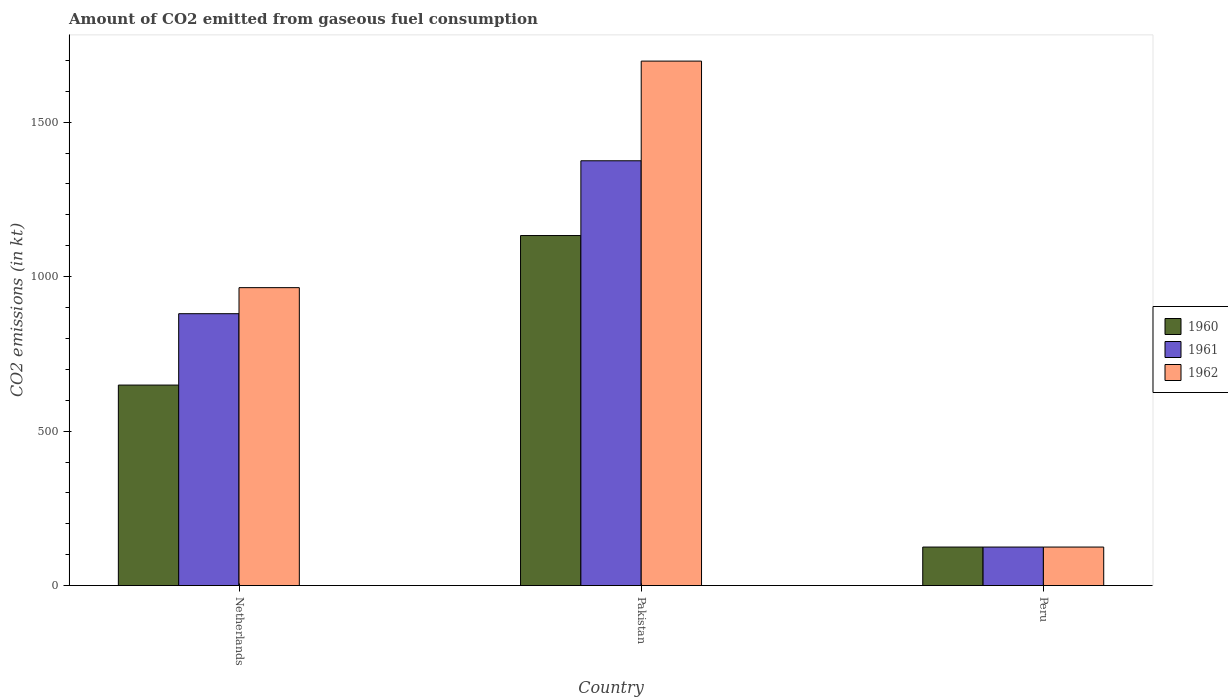
| Country | 1960 | 1961 | 1962 |
 | --- | --- | --- | --- |
 | Netherlands | 649 | 880 | 964 |
 | Pakistan | 1.13e+03 | 1.38e+03 | 1.7e+03 |
 | Peru | 125 | 125 | 125 |